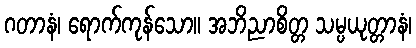
ဂတာနံ၊ ရောက်ကုန်သော။ အဘိညာစိတ္တ သမ္ပယုတ္တာနံ၊